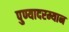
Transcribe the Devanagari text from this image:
पुण्यादरम्यान